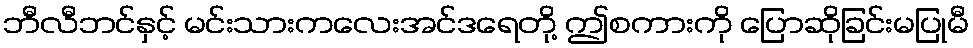
ဘီလီဘင်နှင့် မင်းသားကလေးအင်ဒရေတို့ ဤစကားကို ပြောဆိုခြင်းမပြုမီ